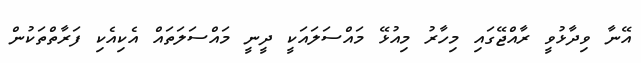
އޭނާ ވިދާޅުވީ ރާއްޖޭގައި މިހާރު މިއުޅޭ މައްސަލައަކީ ދީނީ މައްސަލަތައް އެކިއެކި ފަރާތްތަކުން